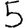
Digit: 5